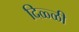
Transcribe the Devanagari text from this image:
दिळ्ळी